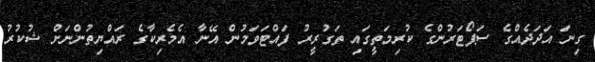
ގިނަ އަދަދެއްގެ ސަޕޯޓަރުންގެ ކުރިމަތީގައި ތަގުރީރު ފައްޓަވަމުން އޭނާ އެމެރިކާގެ ރައްޔިތުންނަށް ޝުކުރު